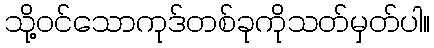
သို့ဝင်သောကုဒ်တစ်ခုကိုသတ်မှတ်ပါ။